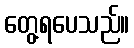
တွေ့ရပေသည်။